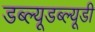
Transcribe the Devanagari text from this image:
डब्ल्यूडब्ल्यूडी